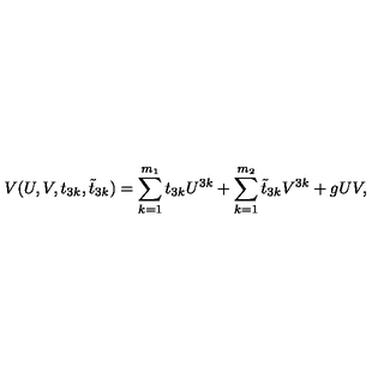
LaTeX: V ( U , V , t _ { 3 k } , \tilde { t } _ { 3 k } ) = \sum _ { k = 1 } ^ { m _ { 1 } } t _ { 3 k } U ^ { 3 k } + \sum _ { k = 1 } ^ { m _ { 2 } } \tilde { t } _ { 3 k } V ^ { 3 k } + g U V ,